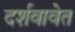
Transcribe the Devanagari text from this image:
दर्शवावेत